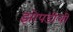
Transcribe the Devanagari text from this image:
झोपडीची